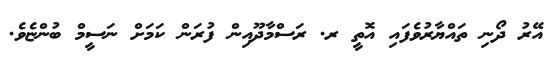
އޭރު ދޯނި ތައްޔާރުވެފައި އޮތީ ރ. ރަސްމާދޫއިން ފުރަން ކަމަށް ނަސީމް ބުންޏެވެ.